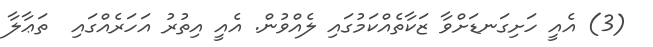
(3) އެއީ ހަށިގަނޑަށްވާ ޒަކާތެއްކަމުގައި ލެއްވުން. އެއީ އިތުރު އަހަރެއްގައި  ތަޢާލާ